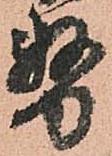
務